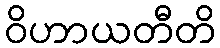
ဝိဟာယတီတိ